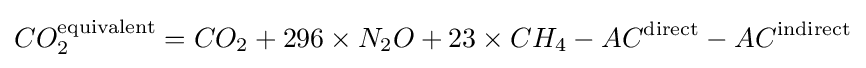
CO_{2}^{\mathrm {equivalent} }=CO_{2}+296\times N_{2}O+23\times CH_{4}-AC^{\mathrm {direct} }-AC^{\mathrm {indirect} }